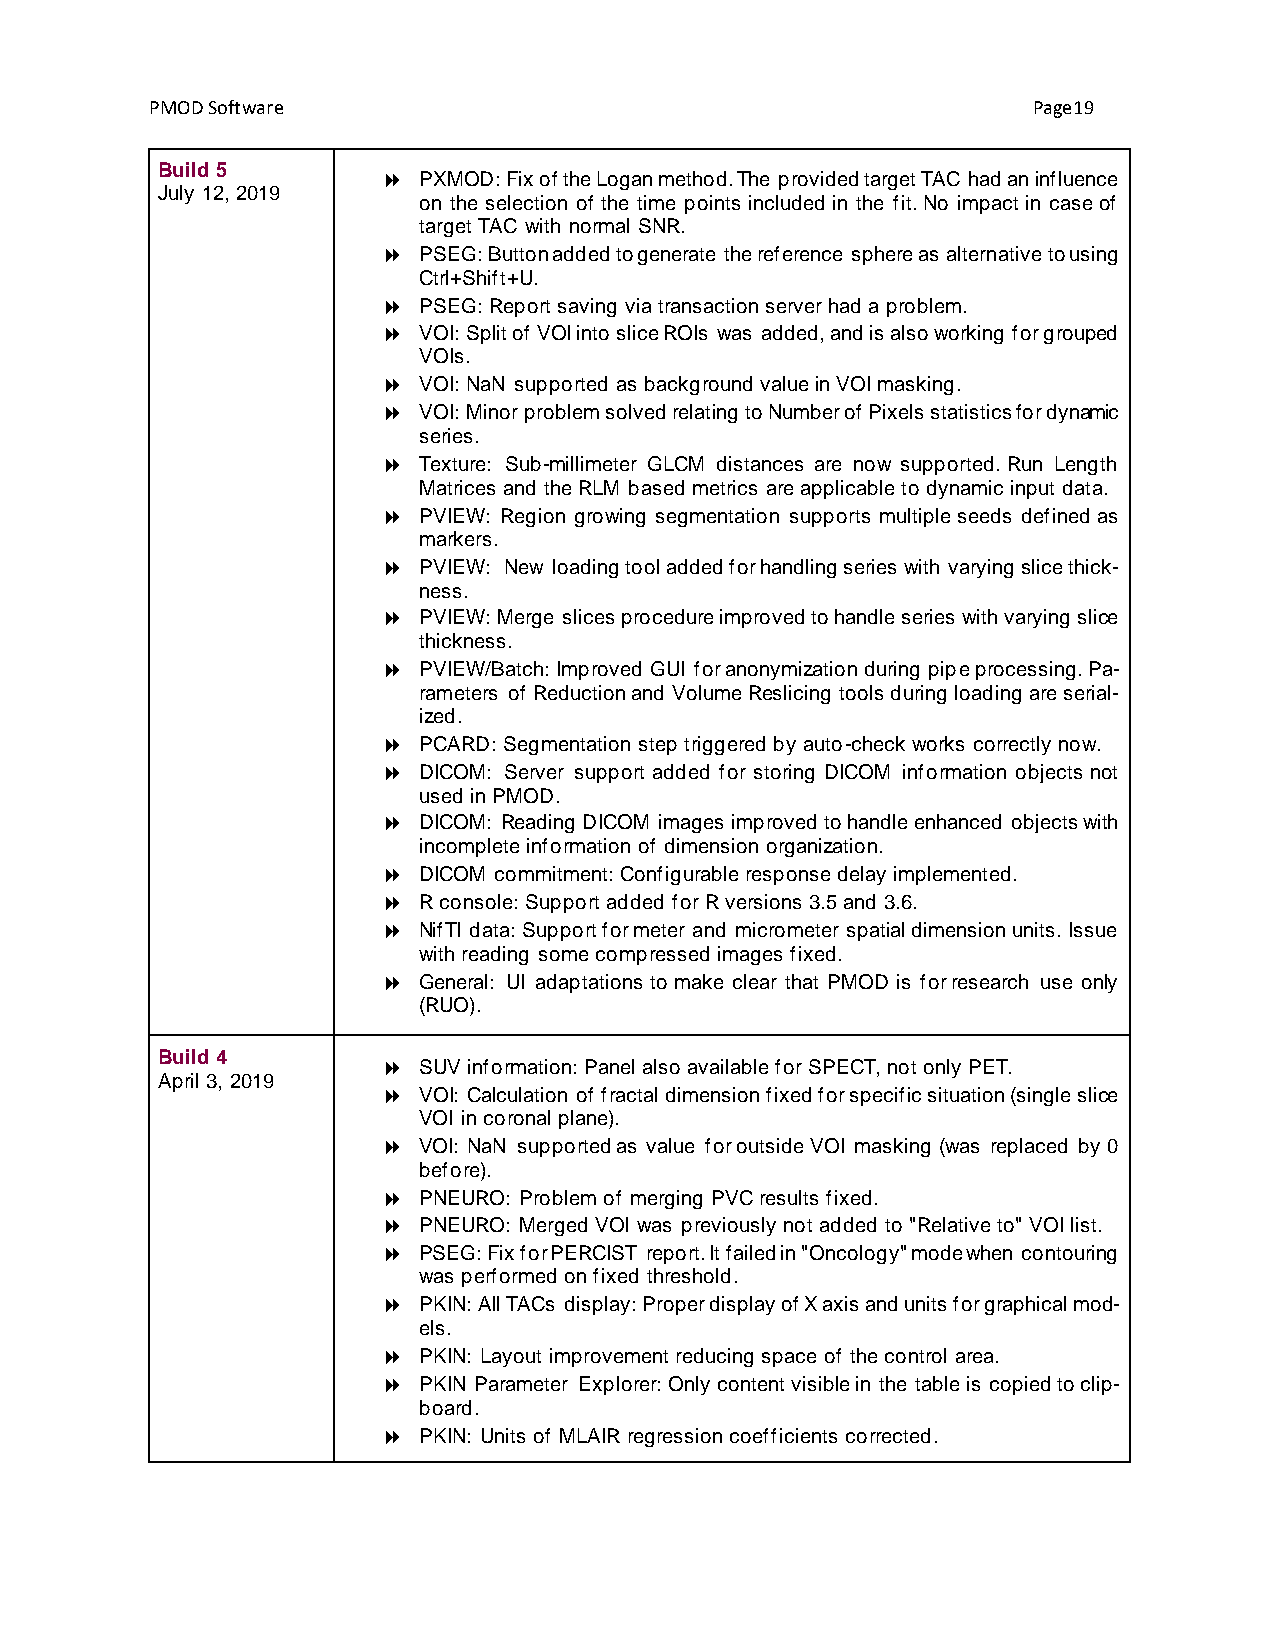
PMOD Software                                             Page19
 Build 5
   PXMOD: Fix of the Logan method. The provided target TAC had an influence
 July 12, 2019
 on the selection of the time points included in the fit. No impact in case of
 target TAC with normal SNR.
   PSEG: Button added to generate the reference sphere as alternative to using
 Ctrl+Shift+U.
   PSEG: Report saving via transaction server had a problem.
   VOI: Split of VOI into slice ROIs was added, and is also working for grouped
 VOIs.
   VOI: NaN supported as background value in VOI masking.
   VOI: Minor problem solved relating to Number of Pixels statistics for dynamic
 series.
   Texture: Sub-millimeter GLCM distances are now supported. Run Length
 Matrices and the RLM based metrics are applicable to dynamic input data.
   PVIEW: Region growing segmentation supports multiple seeds defined as
 markers.
   PVIEW: New loading tool added for handling series with varying slice thick-
 ness.
   PVIEW: Merge slices procedure improved to handle series with varying slice
 thickness.
   PVIEW/Batch: Improved GUI for anonymization during pipe processing. Pa-
 rameters of Reduction and Volume Reslicing tools during loading are serial-
 ized.
   PCARD: Segmentation step triggered by auto-check works correctly now.
   DICOM: Server support added for storing DICOM information objects not
 used in PMOD.
   DICOM: Reading DICOM images improved to handle enhanced objects with
 incomplete information of dimension organization.
   DICOM commitment: Configurable response delay implemented.
   R console: Support added for R versions 3.5 and 3.6.
   NifTI data: Support for meter and micrometer spatial dimension units. Issue
 with reading some compressed images fixed.
   General: UI adaptations to make clear that PMOD is for research use only
 (RUO).
 Build 4
   SUV information: Panel also available for SPECT, not only PET.
 April 3, 2019
   VOI: Calculation of fractal dimension fixed for specific situation (single slice
 VOI in coronal plane).
   VOI: NaN supported as value for outside VOI masking (was replaced by 0
 before).
   PNEURO: Problem of merging PVC results fixed.
   PNEURO: Merged VOI was previously not added to "Relative to" VOI list.
   PSEG: Fix for PERCIST report. It failed in "Oncology" mode when contouring
 was performed on fixed threshold.
   PKIN: All TACs display: Proper display of X axis and units for graphical mod-
 els.
   PKIN: Layout improvement reducing space of the control area.
   PKIN Parameter Explorer: Only content visible in the table is copied to clip-
 board.
   PKIN: Units of MLAIR regression coefficients corrected.